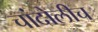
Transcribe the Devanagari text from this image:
चांदोलीच